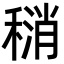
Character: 𫁄